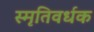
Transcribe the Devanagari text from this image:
स्मृतिवर्धक